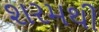
શરમથી